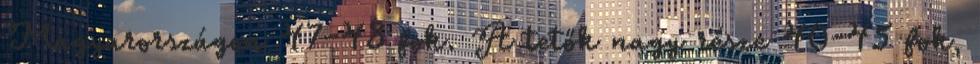
Magyarországon 47-48 fok. A tetők nagy része 40-45 fok,